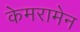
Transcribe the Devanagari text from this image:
केमरामेन